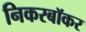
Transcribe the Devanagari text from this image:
निकरबॉकर